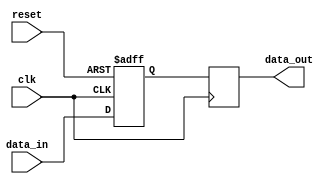
module inverter_delay(
  input wire clk,
  input wire reset,
  input wire data_in,
  output reg data_out
);

reg delayed_data;

always @(posedge clk or posedge reset) begin
  if (reset) begin
    delayed_data <= 1'b0; // Assuming reset value is 0
  end else begin
    delayed_data <= data_in;
  end
end

always @(posedge clk) begin
  data_out <= delayed_data;
end

endmodule